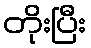
တိုးပြီး